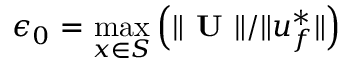
\epsilon _ { 0 } = \operatorname* { m a x } _ { \boldsymbol { x } \in S } \left( \Vert \textbf { U } \Vert / \Vert \boldsymbol { u } _ { f } ^ { * } \Vert \right)